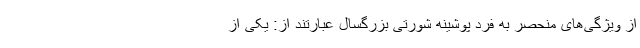
از ویژگی‌های منحصر به فرد پوشینه شورتی بزرگسال عبارتند از: یکی از